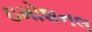
ઇમોશનલ